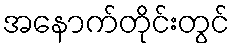
အနောက်တိုင်းတွင်